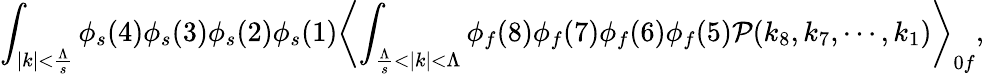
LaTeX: \int_{|k|<\frac{\Lambda}{s}}\phi_{s}(4)\phi_{s}(3)\phi_{s}(2)\phi_{s}(1)\biggl<\int_{\frac{\Lambda}{s}<|k|<\Lambda}\phi_{f}(8)\phi_{f}(7)\phi_{f}(6)\phi_{f}(5){\cal P}(k_{8},k_{7},\cdots,k_{1})\biggr>_{0f},